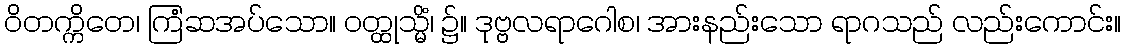
ဝိတက္ကိတေ၊ ကြံဆအပ်သော။ ဝတ္ထုသ္မိံ၊ ၌။ ဒုဗ္ဗလရာဂေါစ၊ အားနည်းသော ရာဂသည် လည်းကောင်း။